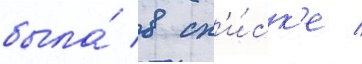
была́ в сп'и́ск'е